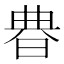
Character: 𣇺